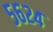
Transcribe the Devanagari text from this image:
५६२४